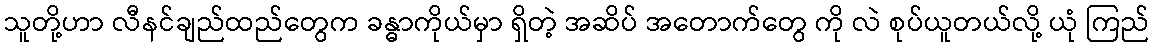
သူတို့ဟာ လီနင်ချည်ထည်တွေက ခန္ဓာကိုယ်မှာ ရှိတဲ့ အဆိပ် အတောက်တွေ ကို လဲ စုပ်ယူတယ်လို့ ယုံ ကြည်